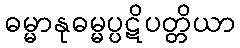
ဓမ္မာနုဓမ္မပ္ပဋိပတ္တိယာ